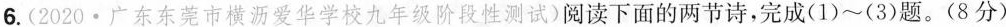
6.(2020.广东东莞市横沥爱华学校九年级阶段性测试)阅读下面的两节诗，完成(1)~(3)题。(8分)